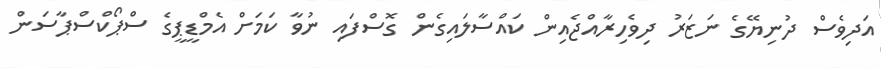
އަދިވެސް ދުނިޔޭގެ ނަޒަރު ދިވެހިރާއްޖެއިން ކައްސާލައިގެން ގޮސްފައި ނުވާ ކަމަށް އެމްޑީޕީގެ ސްޕޯކްސްޕާސަން